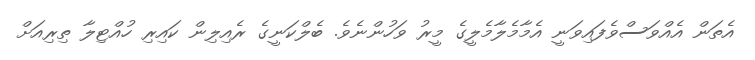
އެތަން އެއްވަސްވެފައިވަނީ އެމާމެލާމެލީގެ މީރު ވަހުންނެވެ. ބެލްކަނީގެ ރެއިލިން ކައިރި ހުއްޓިލާ ތިރިއަށް